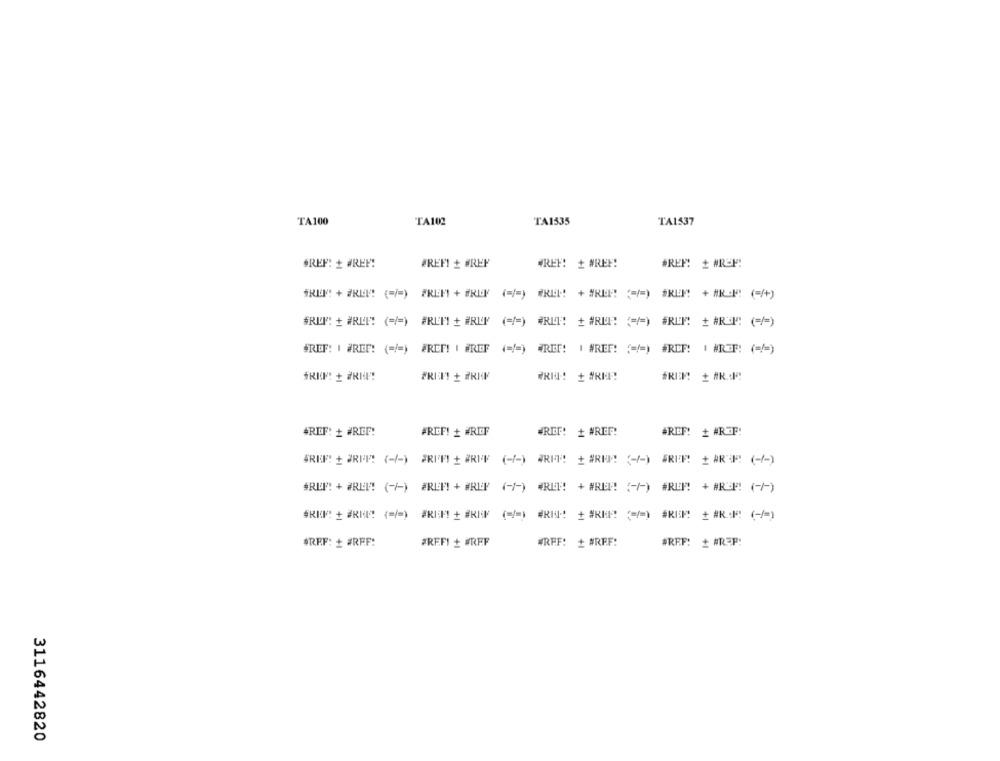
TA1535
TA1537
TA100
TA102
BREF: + WREF!
PREFI + WREF
WREF! # #REF!
BREF! # #REM!
FREE! + DRIE !!! (=/=) FREEF + #RIF (=/=) WREM! + #REI! <== ) FREM! + #ROM! (=/+)
#RI": + #RLI! ( == ) ÆREEM! + #RIP ( == ) #RI !! + #RI: {/=) #RIP"! + #RUM: (=/=)
*REF: I ÆRET! (=/=) ÆREF! I WREF ( == ) ÆRET! | #REF! ( == ) #REF! | #REF! (=/=)
WRIQ: + #RI!
+REF: + #REF!
#RIEF! + #REF
WREF: + #REF!
#REF! # #REF!
GREET + WRITE (+/-) ERIET + BREV (-/-) WRIT: + #RER (/) FREE + ARE! (-/-)
*REF: + ØRE !! (-)) FREE! + #REP (-1-) FREE! + #RER! (-/-) #REP! + #REP! (-1)
SKI! + #RIA! (=/=) ÆRIM! + #RIF (=/=) #RIS: + #RM! < /=) #KEM + #K:|< << /=)
ØREF: + #REF:
#REFI + #REF
WREF: + #REF:
#REF: # #R=P!
3116442820